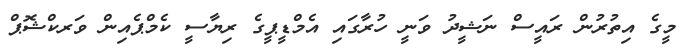
މީގެ އިތުރުން ރައީސް ނަޝީދު ވަނީ ހުރާގައި އެމްޑީޕީގެ ރިޔާސީ ކެމްޕެއިން ވަރކްޝޮޕް